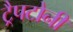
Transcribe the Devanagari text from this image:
ट्रैपटोनी